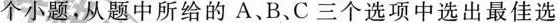
个小题，从题中所给的A、B、C三个选项中选出最佳选